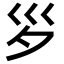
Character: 𡿪